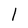
Character: l